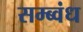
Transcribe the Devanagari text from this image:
सम्ब्वंध